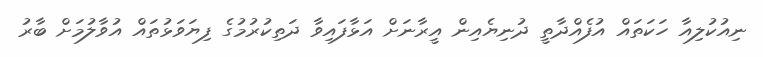
ނިއުކުލިއާ ހަކަތައް އުފެއްދާތީ ދުނިޔެއިން އީރާނަށް އަޅާފައިވާ ދަތިކުރުމުގެ ފިޔަވަޅުތައް އުވާލުމަށް ބާރު